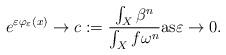
LaTeX: \begin{align*}e^{\varepsilon \varphi_\varepsilon(x)} \to c := \frac{\int_X \beta^n}{\int_X f \omega^n}\mbox{as} \varepsilon \to 0.\end{align*}